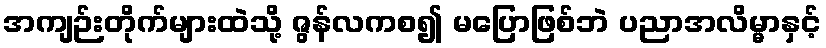
အကျဉ်းတိုက်များထဲသို့ ဇွန်လကစ၍ မပြောဖြစ်ဘဲ ပညာအလိမ္မာနှင့်